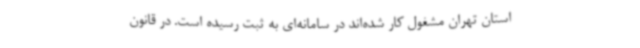
استان تهران مشغول کار شده‌اند در سامانه‌ای به ثبت رسیده است. در قانون